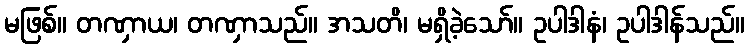
မဖြစ်။ တဏှာယ၊ တဏှာသည်။ အသတိ၊ မရှိခဲ့သော်။ ဥပါဒါနံ၊ ဥပါဒါန်သည်။